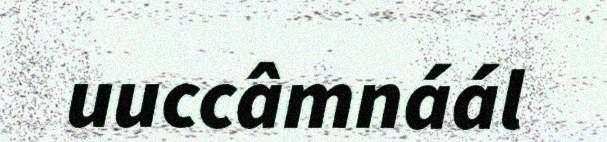
uuccâmnáál